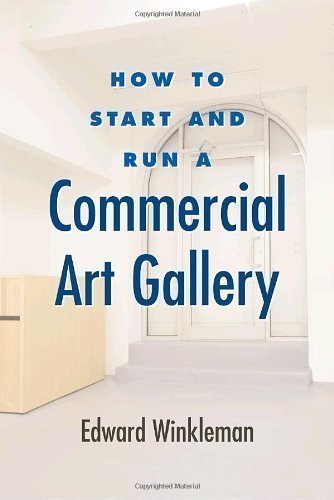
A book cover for How to Start and Run a Commercial Art Gallery (How to Start & Run a) by Winkleman, Edward (2009); Arts & Photography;